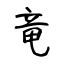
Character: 竜